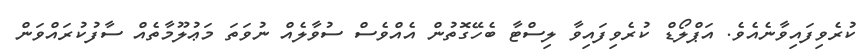
ކުރެވިފައިވާނެއެވެ. އަޕްލޯޑް ކުރެވިފައިވާ ލިސްޓާ ބެހޭގޮތުން އެއްވެސް ސުވާލެއް ނުވަތަ މަޢުލޫމާތެއް ސާފުކުރައްވަން